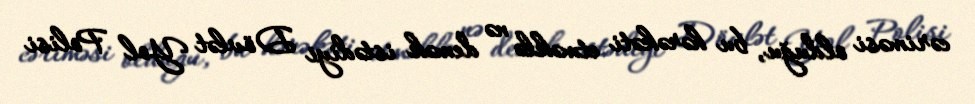
cəriməsi olduğu, bu hərəkəti etməklə nə demək istədiyi Dövlət Yol Polisi